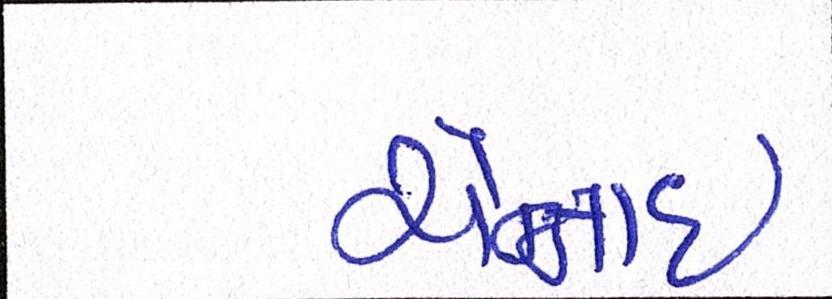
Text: ચેન્નાઇ